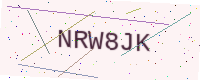
Text: NRW8JK